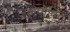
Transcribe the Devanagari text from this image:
जलपोषित